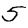
Digit: 5